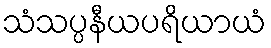
သံသပ္ပနီယပရိယာယံ